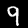
Label: 9